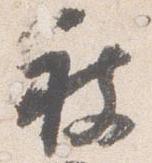
被